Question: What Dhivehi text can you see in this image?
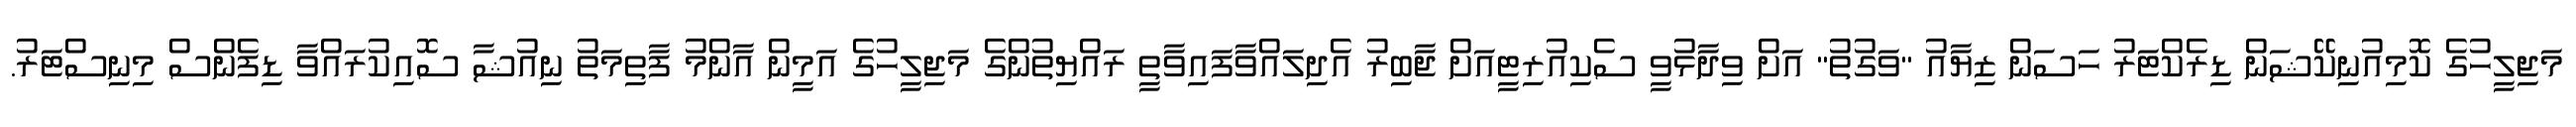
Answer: މަޖިލީހުގެ ކޮމިއުނިކޭޝަން ޑިރެކްޓަރު ހަސަން ޒިޔާއު "ވަގުތު" އަށް ވިދާޅުވީ ސެކިއުރިޓީއަށް ޖާބިރު އެދިލައްވާފައިވާތީ ރައްޔިތުންގެ މަޖިލީހުގެ އަމީން އާންމު ފާތިމަތު ނިއުޝާ ސޮއިކުރައްވާ ޑިފެންސް މިނިސްޓަރު.